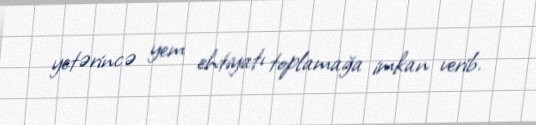
yetərincə yem ehtiyatı toplamağa imkan verib.